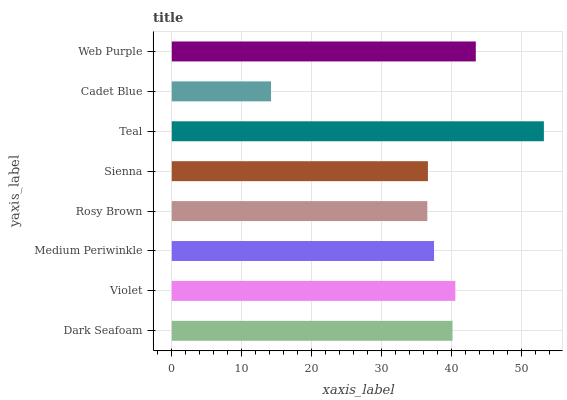
| yaxis_label | bars |
 | --- | --- |
 | Dark Seafoam | 40.1 |
 | Violet | 40.5 |
 | Medium Periwinkle | 37.5 |
 | Rosy Brown | 36.5 |
 | Sienna | 36.6 |
 | Teal | 53.2 |
 | Cadet Blue | 14.2 |
 | Web Purple | 43.4 |